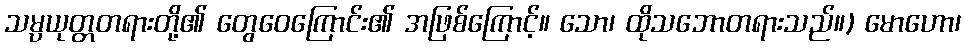
သမ္ပယုတ္တတရားတို့၏ တွေဝေကြောင်း၏ အဖြစ်ကြောင့်။ သော၊ ထိုသဘောတရားသည်။) မောဟော၊